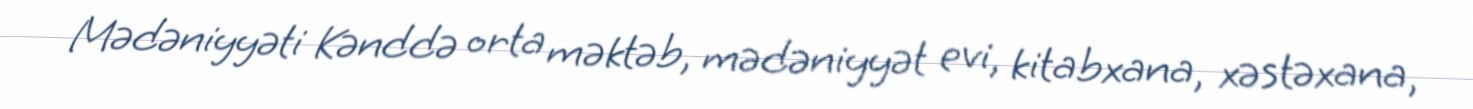
Mədəniyyəti Kənddə orta məktəb, mədəniyyət evi, kitabxana, xəstəxana,